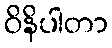
ဝိနိပါတာ